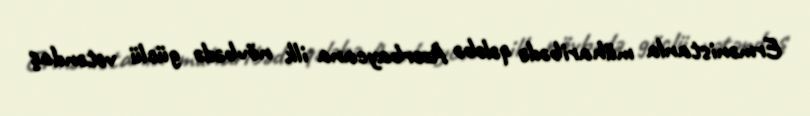
Ermənistanla müharibədə qələbə Azərbaycana ilk növbədə güclü vətəndaş